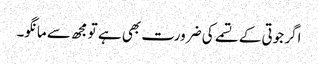
اگر جوتی کے تسمے کی ضرورت بھی ہے تو مجھ سے مانگو۔